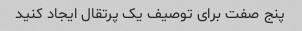
پنج صفت برای توصیف یک پرتقال ایجاد کنید